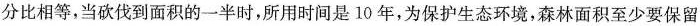
分比相等，当砍伐到面积的一半时，所用时间是10年，为保护生态环境，森林面积至少要保留